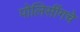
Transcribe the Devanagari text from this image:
पोलिसींगचे